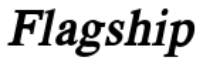
Flagship